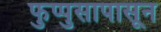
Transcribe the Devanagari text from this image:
फुप्पुसापासून